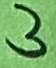
Text: 3